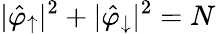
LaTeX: |\hat{\varphi}_{\uparrow}|^{2}+|\hat{\varphi}_{\downarrow}|^{2}=N